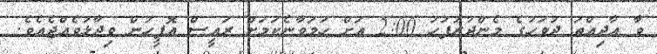
ވާ އާދިއްތަ ދުވަހުގެ މެންދުރުފަހު 2:00 އަށް ހަމަވާނެކަމަށް ރައީސް އޮފީހުން ވިދާޅުވެއްޖެއެވެ.